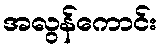
အလွန်ကောင်း